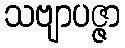
သဗျာပဇ္ဇာ